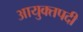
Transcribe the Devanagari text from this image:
आयुक्तपदी